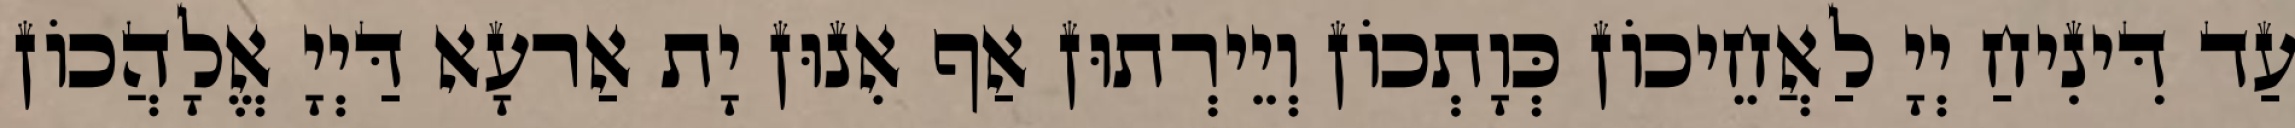
עַד דִּינִיחַ יְיָ לַאֲחֵיכוֹן כְּוָתְכוֹן וְיֵירְתוּן אַף אִנוּן יָת אַרעָא דַּיְיָ אֱלָהֲכוֹן